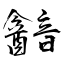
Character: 韽